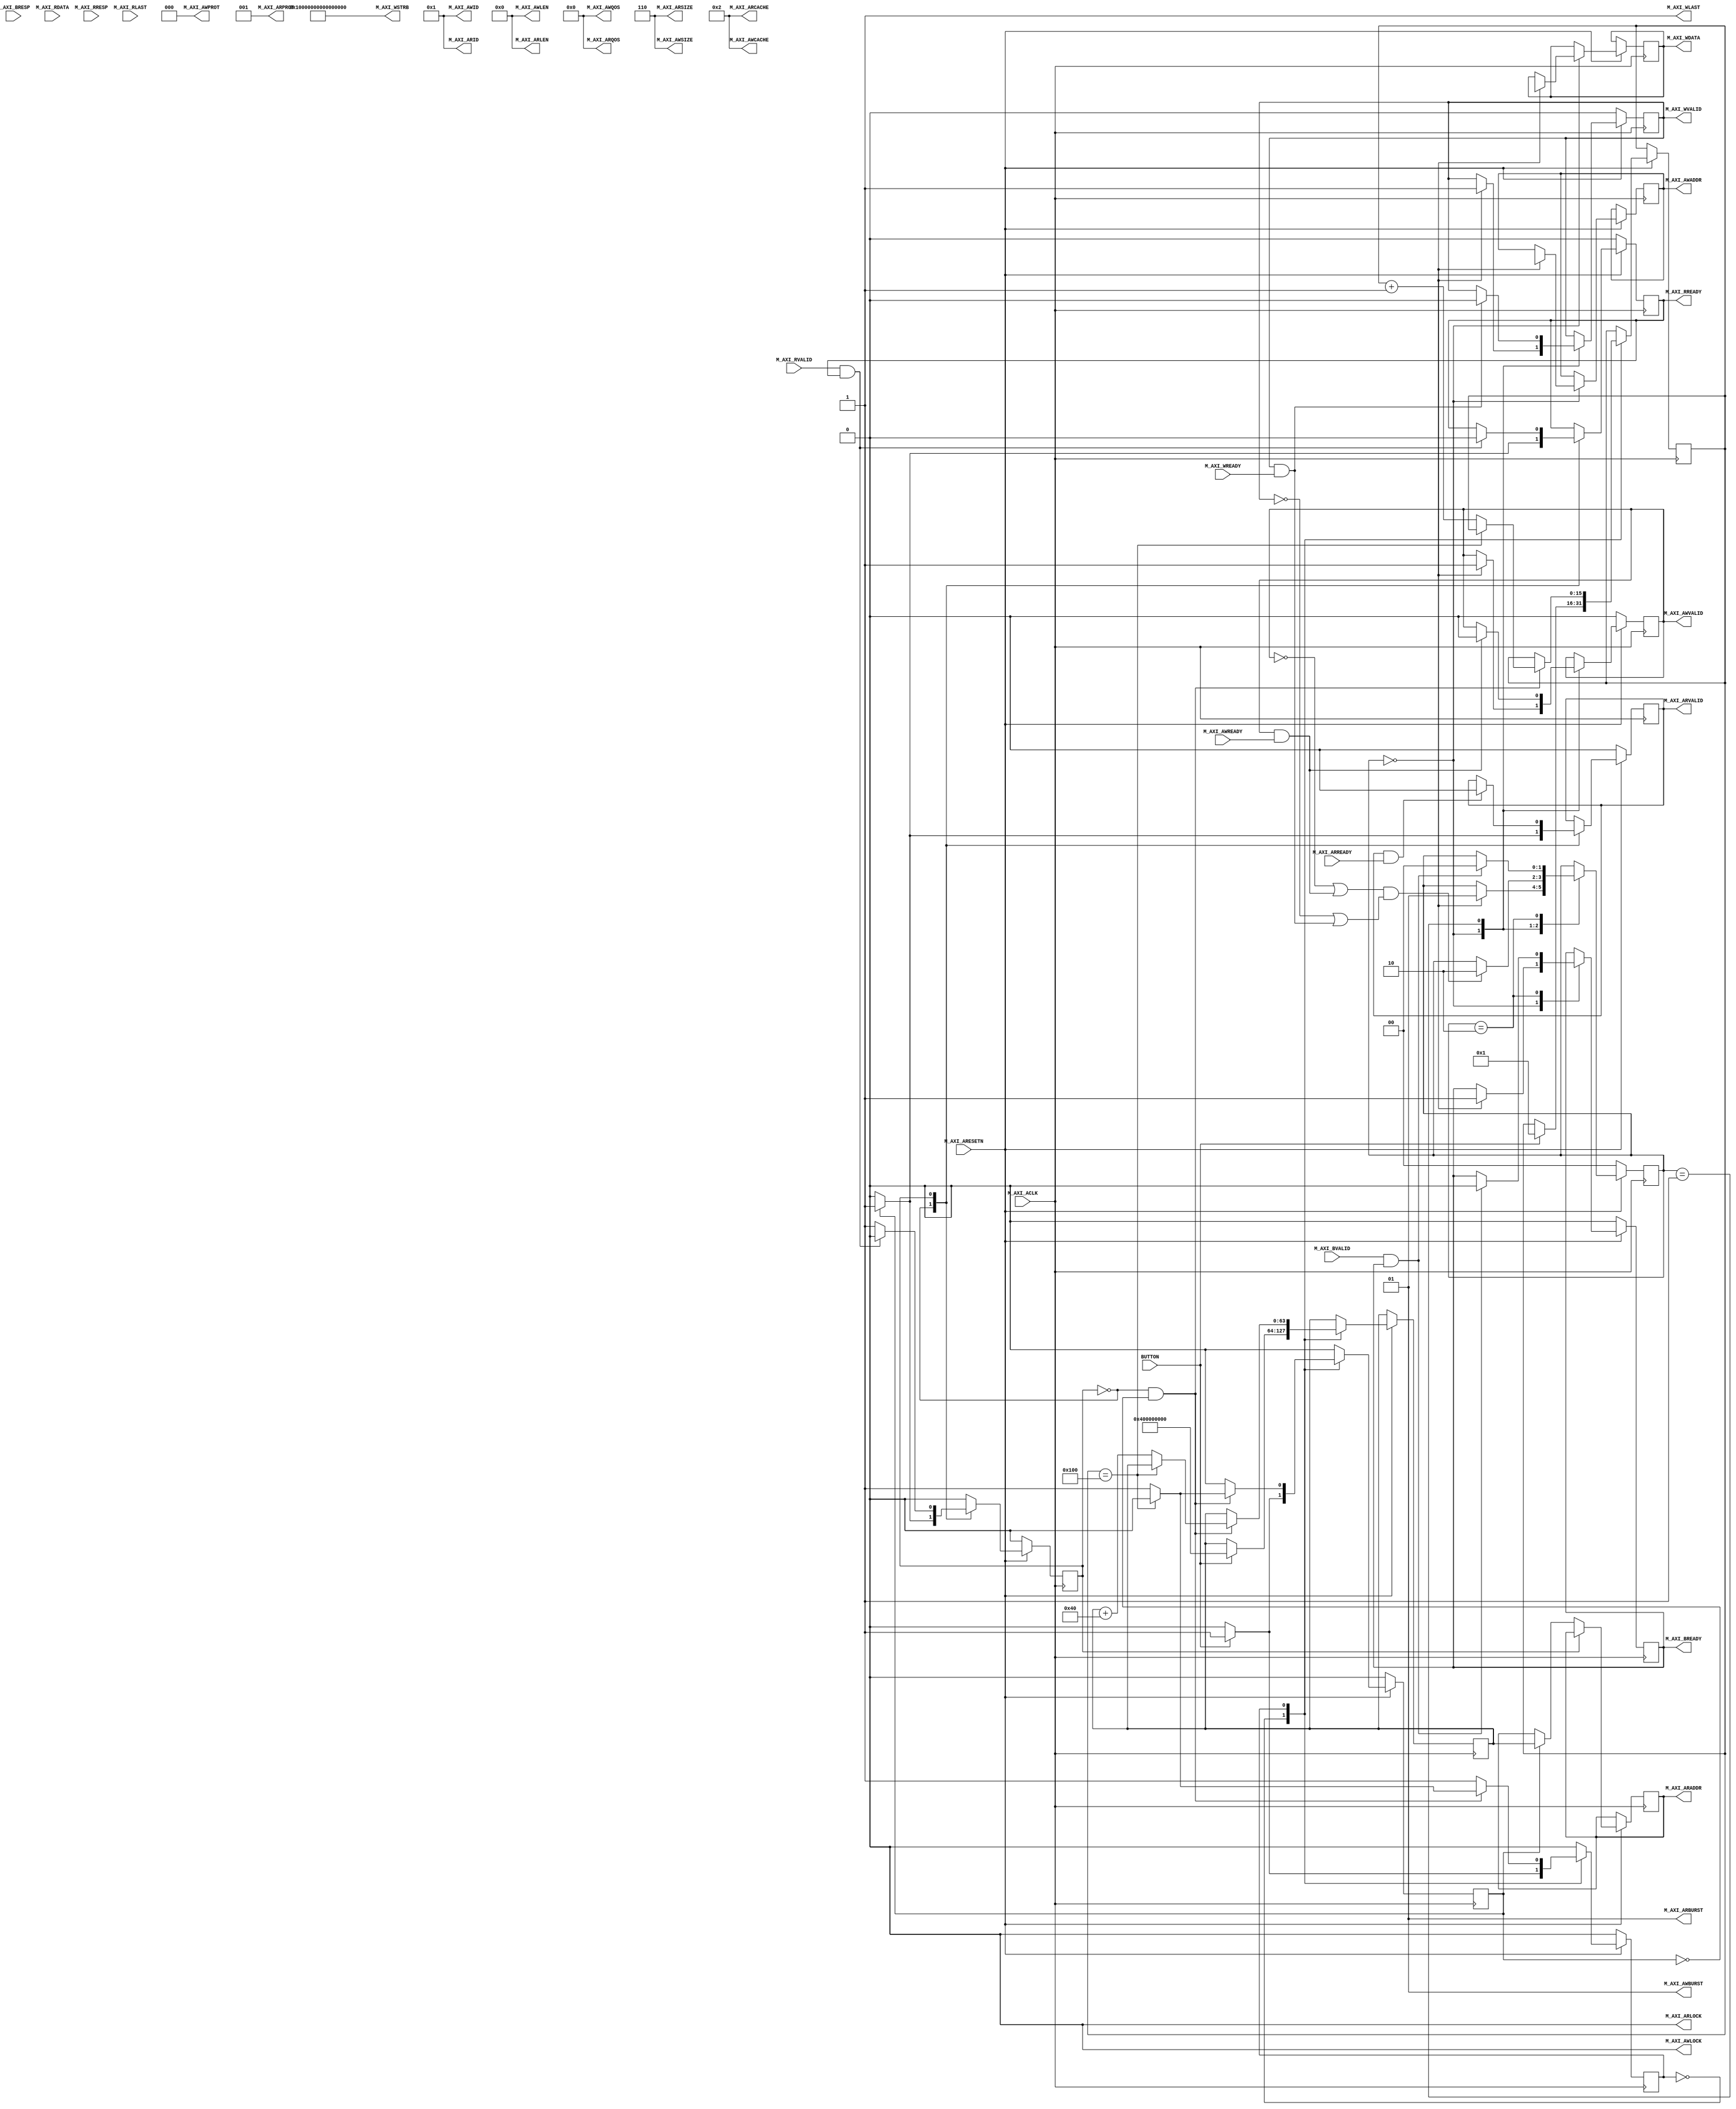
`timescale 1ns / 1ps


//====================================================================================
//                        ------->  Revision History  <------
//====================================================================================
//
//   Date     Who   Ver  Changes
//====================================================================================
// 10-May-22  DWW  1000  Initial creation
//====================================================================================


module ram_reader#
(
    parameter integer AXI_DATA_WIDTH = 512,
    parameter integer AXI_ADDR_WIDTH = 64,
    parameter integer AXI_ID_WIDTH   = 4
)
(
    input BUTTON,


    //=================== From here down is the AXI4 interface =================
    input wire  M_AXI_ACLK,
    input wire  M_AXI_ARESETN,
        
    // "Specify write address"              -- Master --    -- Slave --
    output wire [AXI_ADDR_WIDTH-1 : 0]      M_AXI_AWADDR,   
    output wire                             M_AXI_AWVALID,  
    input  wire                                             M_AXI_AWREADY,
    output wire  [2 : 0]                    M_AXI_AWPROT,

    // "Write Data"                         -- Master --    -- Slave --
    output wire [AXI_DATA_WIDTH-1 : 0]      M_AXI_WDATA,      
    output wire                             M_AXI_WVALID,
    output wire [(AXI_DATA_WIDTH/8)-1:0]    M_AXI_WSTRB,
    input  wire                                             M_AXI_WREADY,

    // "Send Write Response"                -- Master --    -- Slave --
    input  wire [1 : 0]                                     M_AXI_BRESP,
    input  wire                                             M_AXI_BVALID,
    output wire                             M_AXI_BREADY,

    // "Specify read address"               -- Master --    -- Slave --
    output wire [AXI_ADDR_WIDTH-1 : 0]      M_AXI_ARADDR,     
    output wire                             M_AXI_ARVALID,
    output wire [2 : 0]                     M_AXI_ARPROT,     
    input  wire                                             M_AXI_ARREADY,

    // "Read data back to master"           -- Master --    -- Slave --
    input  wire [AXI_DATA_WIDTH-1 : 0]                      M_AXI_RDATA,
    input  wire                                             M_AXI_RVALID,
    input  wire [1 : 0]                                     M_AXI_RRESP,
    output wire                             M_AXI_RREADY,


    // Full AXI4 signals driven by master
    output wire[AXI_ID_WIDTH-1:0]           M_AXI_AWID,
    output wire[7:0]                        M_AXI_AWLEN,
    output wire[2:0]                        M_AXI_AWSIZE,
    output wire[1:0]                        M_AXI_AWBURST,
    output wire                             M_AXI_AWLOCK,
    output wire[3:0]                        M_AXI_AWCACHE,
    output wire[3:0]                        M_AXI_AWQOS,
    output wire                             M_AXI_WLAST,
    output wire                             M_AXI_ARLOCK,
    output wire[AXI_ID_WIDTH-1:0]           M_AXI_ARID,
    output wire[7:0]                        M_AXI_ARLEN,
    output wire[2:0]                        M_AXI_ARSIZE,
    output wire[1:0]                        M_AXI_ARBURST,
    output wire[3:0]                        M_AXI_ARCACHE,
    output wire[3:0]                        M_AXI_ARQOS,

    // Full AXI4 signals driven by slave
    input  wire                                             M_AXI_RLAST

    //==========================================================================

);

    //<><><><><><><><><><><><><><><><><><><><><><><><><><><><><><><><><><><><><><><><><><><><><><><><><><><><><
    //<><><><><><><><><><><><><><><><><><><><><><><><><><><><><><><><><><><><><><><><><><><><><><><><><><><><><
    //                From here to the next marker is generic AXI transaction logic
    //<><><><><><><><><><><><><><><><><><><><><><><><><><><><><><><><><><><><><><><><><><><><><><><><><><><><><
    //<><><><><><><><><><><><><><><><><><><><><><><><><><><><><><><><><><><><><><><><><><><><><><><><><><><><><


    localparam AXI_DATA_BYTES = (AXI_DATA_WIDTH/8);

    // Assign all of the "write transaction" signals that aren't in the AXI4-Lite spec
    assign M_AXI_AWID    = 1;   // Arbitrary ID
    assign M_AXI_AWLEN   = 0;   // Burst length of 1
    assign M_AXI_AWSIZE  = 6;   // 6 = 64 bytes per burst (assuming  512-bit AXI data)
    assign M_AXI_WLAST   = 1;   // Each beat is always the last beat of the burst
    assign M_AXI_AWBURST = 1;   // Each beat of the burst increments by 1 address (ignored)
    assign M_AXI_AWLOCK  = 0;   // Normal signaling
    assign M_AXI_AWCACHE = 2;   // Normal, no cache, no buffer
    assign M_AXI_AWQOS   = 0;   // Lowest quality of service, unused

    // Assign all of the "read transaction" signals that aren't in the AXI4-Lite spec
    assign M_AXI_ARLOCK  = 0;   // Normal signaling
    assign M_AXI_ARID    = 1;   // Arbitrary ID
    assign M_AXI_ARLEN   = 0;   // Burst length of 1
    assign M_AXI_ARSIZE  = 6;   // 6 = 64 bytes per burst (assuming 512-bit AXI data)
    assign M_AXI_ARBURST = 1;   // Increment address on each beat of the burst (unused)
    assign M_AXI_ARCACHE = 2;   // Normal, no cache, no buffer
    assign M_AXI_ARQOS   = 0;   // Lowest quality of service (unused)


    // Define the handshakes for all 5 AXI channels
    wire B_HANDSHAKE  = M_AXI_BVALID  & M_AXI_BREADY;
    wire R_HANDSHAKE  = M_AXI_RVALID  & M_AXI_RREADY;
    wire W_HANDSHAKE  = M_AXI_WVALID  & M_AXI_WREADY;
    wire AR_HANDSHAKE = M_AXI_ARVALID & M_AXI_ARREADY;
    wire AW_HANDSHAKE = M_AXI_AWVALID & M_AXI_AWREADY;

    //=========================================================================================================
    // FSM logic used for writing to the slave device.
    //
    //  To start:   amci_waddr = Address to write to
    //              amci_wdata = Data to write at that address
    //              amci_write = Pulsed high for one cycle
    //
    //  At end:     Write is complete when "amci_widle" goes high
    //              amci_wresp = AXI_BRESP "write response" signal from slave
    //=========================================================================================================
    reg[1:0]                    write_state = 0;

    // FSM user interface inputs
    reg[AXI_ADDR_WIDTH-1:0]     amci_waddr;
    reg[AXI_DATA_WIDTH-1:0]     amci_wdata;
    reg                         amci_write;

    // FSM user interface outputs
    wire                        amci_widle = (write_state == 0 && amci_write == 0);     
    reg[1:0]                    amci_wresp;

    // AXI registers and outputs
    reg[AXI_ADDR_WIDTH-1:0]     m_axi_awaddr;
    reg[AXI_DATA_WIDTH-1:0]     m_axi_wdata;
    reg                         m_axi_awvalid = 0;
    reg                         m_axi_wvalid = 0;
    reg                         m_axi_bready = 0;

    // Wire up the AXI interface outputs
    assign M_AXI_AWADDR  = m_axi_awaddr;
    assign M_AXI_WDATA   = m_axi_wdata;
    assign M_AXI_AWVALID = m_axi_awvalid;
    assign M_AXI_WVALID  = m_axi_wvalid;
    assign M_AXI_AWPROT  = 3'b000;
    assign M_AXI_WSTRB   = (1 << AXI_DATA_BYTES) - 1; // usually 4'b1111
    assign M_AXI_BREADY  = m_axi_bready;
    //=========================================================================================================
     
    always @(posedge M_AXI_ACLK) begin

        // If we're in RESET mode...
        if (M_AXI_ARESETN == 0) begin
            write_state   <= 0;
            m_axi_awvalid <= 0;
            m_axi_wvalid  <= 0;
            m_axi_bready  <= 0;
        end        
        
        // Otherwise, we're not in RESET and our state machine is running
        else case (write_state)
            
            // Here we're idle, waiting for someone to raise the 'amci_write' flag.  Once that happens,
            // we'll place the user specified address and data onto the AXI bus, along with the flags that
            // indicate that the address and data values are valid
            0:  if (amci_write) begin
                    m_axi_awaddr    <= amci_waddr;  // Place our address onto the bus
                    m_axi_wdata     <= amci_wdata;  // Place our data onto the bus
                    m_axi_awvalid   <= 1;           // Indicate that the address is valid
                    m_axi_wvalid    <= 1;           // Indicate that the data is valid
                    m_axi_bready    <= 1;           // Indicate that we're ready for the slave to respond
                    write_state     <= 1;           // On the next clock cycle, we'll be in the next state
                end
                
           // Here, we're waiting around for the slave to acknowledge our request by asserting M_AXI_AWREADY
           // and M_AXI_WREADY.  Once that happens, we'll de-assert the "valid" lines.  Keep in mind that we
           // don't know what order AWREADY and WREADY will come in, and they could both come at the same
           // time.      
           1:   begin   
                    // Keep track of whether we have seen the slave raise AWREADY or WREADY
                    if (AW_HANDSHAKE) m_axi_awvalid <= 0;
                    if (W_HANDSHAKE ) m_axi_wvalid  <= 0;

                    // If we've seen AWREADY (or if its raised now) and if we've seen WREADY (or if it's raised now)...
                    if ((~m_axi_awvalid || AW_HANDSHAKE) && (~m_axi_wvalid || W_HANDSHAKE)) begin
                        write_state <= 2;
                    end
                end
                
           // Wait around for the slave to assert "M_AXI_BVALID".  When it does, we'll acknowledge
           // it by raising M_AXI_BREADY for one cycle, and go back to idle state
           2:   if (B_HANDSHAKE) begin
                    amci_wresp   <= M_AXI_BRESP;
                    m_axi_bready <= 0;
                    write_state  <= 0;
                end

        endcase
    end
    //=========================================================================================================





    //=========================================================================================================
    // FSM logic used for reading from a slave device.
    //
    //  To start:   amci_raddr = Address to read from
    //              amci_read  = Pulsed high for one cycle
    //
    //  At end:   Read is complete when "amci_ridle" goes high.
    //            amci_rdata = The data that was read
    //            amci_rresp = The AXI "read response" that is used to indicate success or failure
    //=========================================================================================================
    reg                         read_state = 0;

    // FSM user interface inputs
    reg[AXI_ADDR_WIDTH-1:0]     amci_raddr;
    reg                         amci_read;

    // FSM user interface outputs
    reg[AXI_DATA_WIDTH-1:0]     amci_rdata;
    reg[1:0]                    amci_rresp;
    wire                        amci_ridle = (read_state == 0 && amci_read == 0);     

    // AXI registers and outputs
    reg[AXI_ADDR_WIDTH-1:0]     m_axi_araddr;
    reg                         m_axi_arvalid = 0;
    reg                         m_axi_rready;

    // Wire up the AXI interface outputs
    assign M_AXI_ARADDR  = m_axi_araddr;
    assign M_AXI_ARVALID = m_axi_arvalid;
    assign M_AXI_ARPROT  = 3'b001;
    assign M_AXI_RREADY  = m_axi_rready;
    //=========================================================================================================
    always @(posedge M_AXI_ACLK) begin
         
        if (M_AXI_ARESETN == 0) begin
            read_state    <= 0;
            m_axi_arvalid <= 0;
            m_axi_rready  <= 0;
        end else case (read_state)

            // Here we are waiting around for someone to raise "amci_read", which signals us to begin
            // a AXI read at the address specified in "amci_raddr"
            0:  if (amci_read) begin
                    m_axi_araddr  <= amci_raddr;
                    m_axi_arvalid <= 1;
                    m_axi_rready  <= 1;
                    read_state    <= 1;
                end else begin
                    m_axi_arvalid <= 0;
                    m_axi_rready  <= 0;
                    read_state    <= 0;
                end
            
            // Wait around for the slave to raise M_AXI_RVALID, which tells us that M_AXI_RDATA
            // contains the data we requested
            1:  begin
                    if (AR_HANDSHAKE) begin
                        m_axi_arvalid <= 0;
                    end

                    if (R_HANDSHAKE) begin
                        amci_rdata    <= M_AXI_RDATA;
                        amci_rresp    <= M_AXI_RRESP;
                        m_axi_rready  <= 0;
                        read_state    <= 0;
                    end
                end

        endcase
    end
    //=========================================================================================================

    //<><><><><><><><><><><><><><><><><><><><><><><><><><><><><><><><><><><><><><><><><><><><><><><><><><><><><
    //<><><><><><><><><><><><><><><><><><><><><><><><><><><><><><><><><><><><><><><><><><><><><><><><><><><><><
    //                                   End of AXI transaction logic
    //
    //                             From here down is module-specific logic
    //<><><><><><><><><><><><><><><><><><><><><><><><><><><><><><><><><><><><><><><><><><><><><><><><><><><><><
    //<><><><><><><><><><><><><><><><><><><><><><><><><><><><><><><><><><><><><><><><><><><><><><><><><><><><><
    
    localparam BLOCK_SIZE = 256;
    localparam RAM_BASE_ADDR = 64'h400000000;

    // Assign some convenient (and standard) names to the clock and reset lines
    wire clk    = M_AXI_ACLK;
    wire resetn = M_AXI_ARESETN;

    reg state;
    reg[15:0] index;

    // This block waits for a button press and then reads first BLOCK_SIZE 512-bit words from DDR-RAM
    always @(posedge clk) begin
        amci_read <= 0;
        if (resetn == 0) begin
            state <= 0;
        end else case(state)

        0:  if (BUTTON) begin
                amci_raddr <= RAM_BASE_ADDR;
                amci_read  <= 1;
                index      <= 1;
                state      <= 1;
            end

        1:  if (amci_ridle) begin
                if (index == BLOCK_SIZE)
                    state <= 0;
                else begin
                    index      <= index + 1;
                    amci_raddr <= amci_raddr + 64;
                    amci_read  <= 1;
                end
            end
 
        endcase
    
    end



endmodule